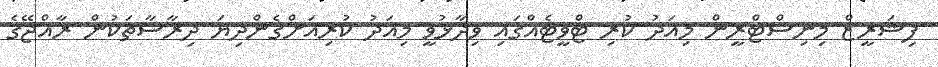
ފިޝަރީޒް މިނިސްޓްރީން މިއަދު ކުރި ޓްވީޓެއްގައި ވިދާޅުވީ މިއަދު ކުރިއަށްގެންދިޔަ ދިރާސާތަކުން ރާއްޖޭގެ